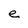
Character: e